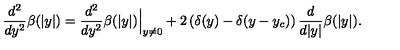
\frac { d ^ { 2 } } { d y ^ { 2 } } \beta ( | y | ) = \frac { d ^ { 2 } } { d y ^ { 2 } } \beta ( | y | ) \Big | _ { y \ne 0 } + 2 \left( \delta ( y ) - \delta ( y - y _ { c } ) \right) \frac { d } { d | y | } \beta ( | y | ) .